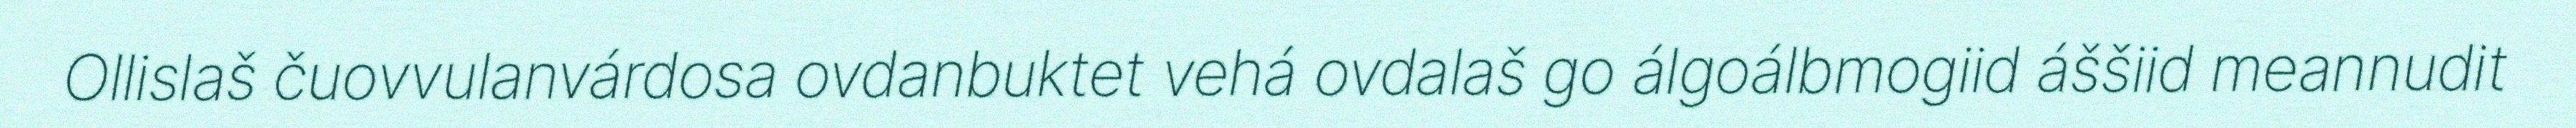
Ollislaš čuovvulanvárdosa ovdanbuktet vehá ovdalaš go álgoálbmogiid áššiid meannudit